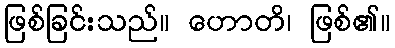
ဖြစ်ခြင်းသည်။ ဟောတိ၊ ဖြစ်၏။